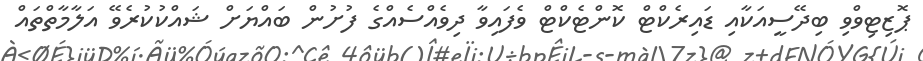
ޕޮޒިޓިވްވި ބިދޭސީއަކާއި ޑައިރެކްޓް ކޮންޓެކްޓް ވެފައިވާ ދިވެއްސެއްގެ ފުށުން ބައްޔަށް ޝައްކުކުރެވޭ އަލާމާތްތައް